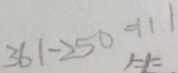
3 6 1 - 2 5 0 = 1 1 1